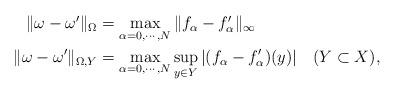
LaTeX: \begin{align*} \begin{aligned} \|\omega-\omega'\|_{\Omega}&=\max_{\alpha=0,\cdots,N}\|f_\alpha-f'_\alpha\|_{\infty}\\ \|\omega-\omega'\|_{\Omega, Y}&=\max_{\alpha=0,\cdots,N}\sup_{y\in Y}|(f_\alpha-f'_\alpha)(y)|\quad(Y\subset X), \end{aligned}\end{align*}